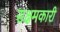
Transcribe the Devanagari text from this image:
सक्षमकारी